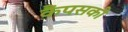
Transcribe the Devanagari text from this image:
कैंपसकी